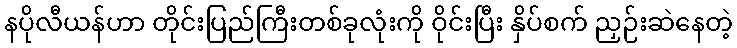
နပိုလီယန်ဟာ တိုင်းပြည်ကြီးတစ်ခုလုံးကို ဝိုင်းပြီး နှိပ်စက် ညှဉ်းဆဲနေတဲ့